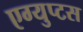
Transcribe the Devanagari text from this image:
एग्युप्टस